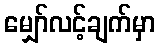
မျှော်လင့်ချက်မှာ